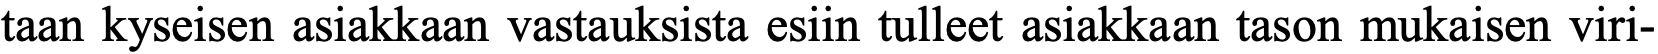
taan kyseisen asiakkaan vastauksista esiin tulleet asiakkaan tason mukaisen viri-